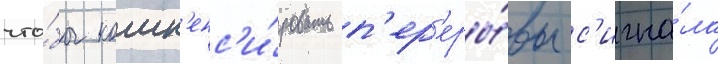
что́бы комп'енс'и́ровать п'ер'еры́вы с'игна́ла